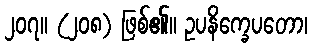
၂၀၇။ (၂၀၈) ဖြစ်၏။ ဥပနိက္ခေပတော၊